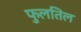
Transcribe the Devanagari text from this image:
फुलतिल